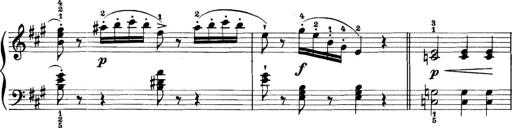
Title: 11 Sonatinas
Composer: Anton Diabelli